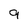
Character: 9